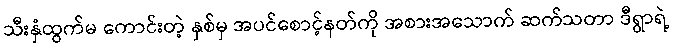
သီးနှံထွက်မ ကောင်းတဲ့ နှစ်မှ အပင်စောင့်နတ်ကို အစားအသောက် ဆက်သတာ ဒီရွာရဲ့